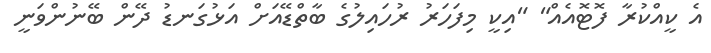
އެ ކީއްކުރާ ފޮޓޮއެއް" "އިކީ މިފަހަރު ރުހައިލުގެ ބާތްޑޭއަށް އަޅުގަނޑު ދޭން ބޭނުންވަނީ